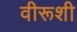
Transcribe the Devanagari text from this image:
वीरूशी